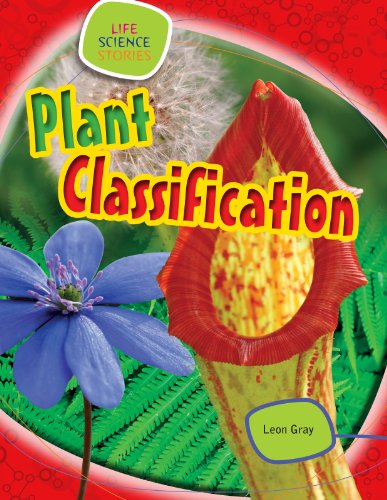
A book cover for Plant Classification (Life Science Stories); Leon Gray; Children's Books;